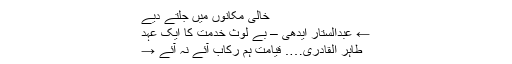
خالی مکانوں میں جلتے دیے
← عبدالستار ایدھی – بے لوث خدمت کا ایک عہد
طاہر القادری…. قیامت ہم رکاب آئے نہ آئے →